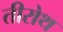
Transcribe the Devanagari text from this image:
तीरोथ